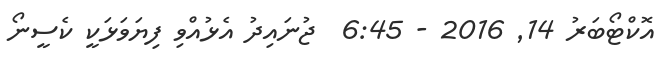
އޮކްޓޯބަރު 14